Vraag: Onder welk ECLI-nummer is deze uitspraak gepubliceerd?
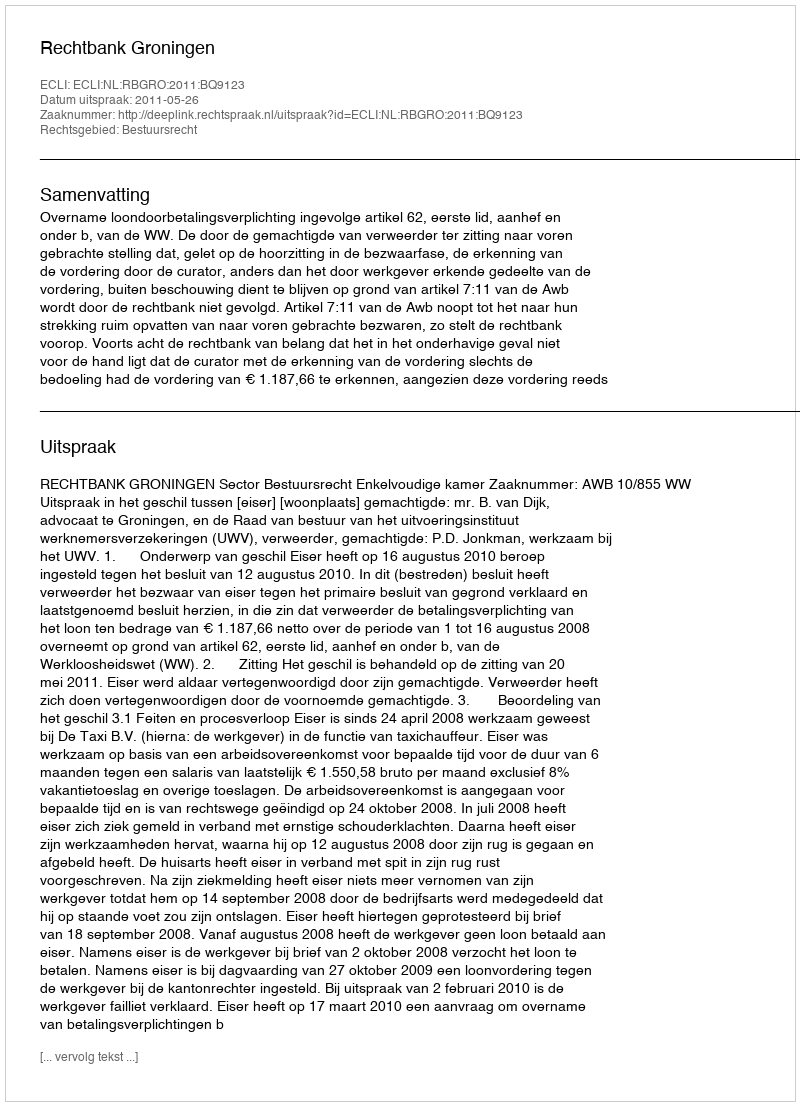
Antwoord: ECLI:NL:RBGRO:2011:BQ9123